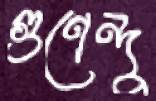
গুণেন্দু